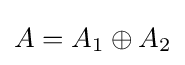
A=A_{1}\oplus A_{2}